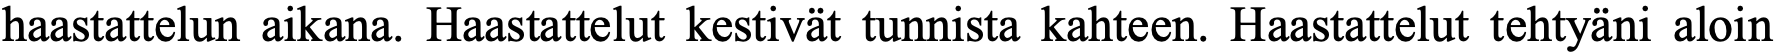
haastattelun aikana. Haastattelut kestivät tunnista kahteen. Haastattelut tehtyäni aloin